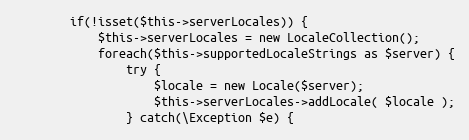
Language: PHP
        if(!isset($this->serverLocales)) {
            $this->serverLocales = new LocaleCollection();
            foreach($this->supportedLocaleStrings as $server) {
                try {
                    $locale = new Locale($server);
                    $this->serverLocales->addLocale( $locale );
                } catch(\Exception $e) {